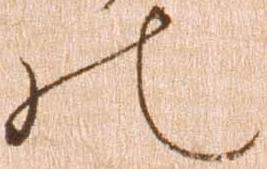
の